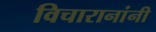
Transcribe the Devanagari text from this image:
विचारानांनी